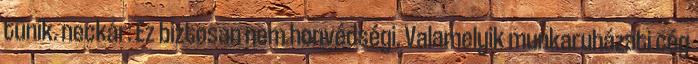
tűnik. neckár: Ez biztosan nem honvédségi. Valamelyik munkaruházati cég